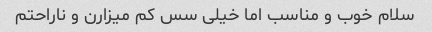
سلام خوب و مناسب اما خیلی سس کم میزارن و ناراحتم